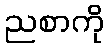
ညစာကို